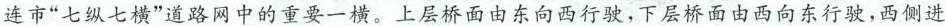
连市”七纵七横”道路网中的重要一横。上层桥面由东向西行驶，下层桥面由西向东行驶，西侧进